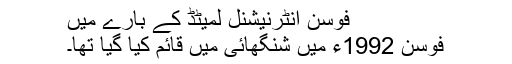
فوسن انٹرنیشنل لمیٹڈ کے بارے میں
فوسن 1992ء میں شنگھائی میں قائم کیا گیا تھا۔